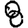
Digit: 8